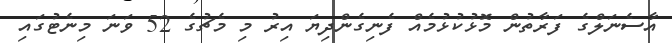
އާސެނަލްގެ ފަރާތުން މޮޅުކުޅުމެއް ފެނިގެންދިޔަ އިރު މި މެޗުގެ 52 ވަނަ މިނެޓުގައި